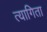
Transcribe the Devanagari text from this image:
त्यागिता